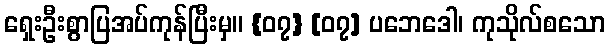
ရှေးဦးစွာပြအပ်ကုန်ပြီးမှ။ {၀၇} [၀၇] ပဘေဒေါ၊ ကုသိုလ်စသော